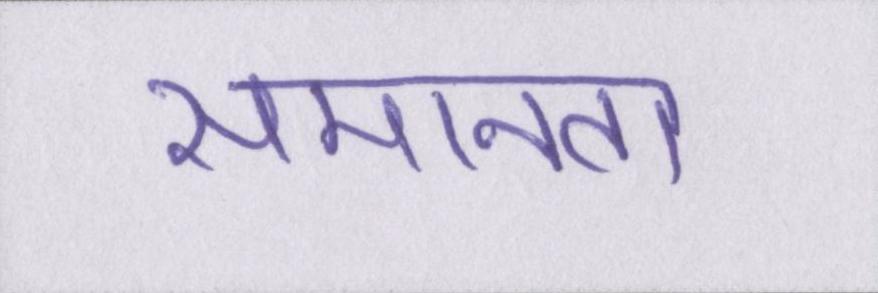
समानता